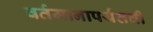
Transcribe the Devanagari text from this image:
वर्तमानापर्यंतची